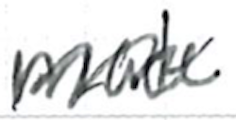
Text: made
Cross-out: zig-zag
Writing tool: ballpoint